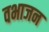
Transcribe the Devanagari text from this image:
वभाजन